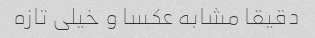
دقیقا مشابه عکسا و خیلی تازه